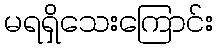
မရရှိသေးကြောင်း